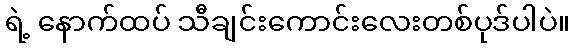
ရဲ့ နောက်ထပ် သီချင်းကောင်းလေးတစ်ပုဒ်ပါပဲ။